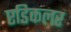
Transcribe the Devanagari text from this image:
एडिकलर